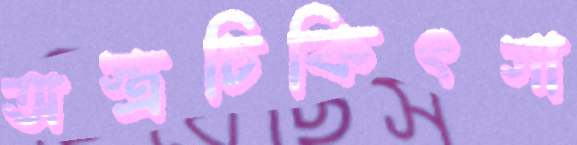
অস্ত্রচিকিৎসা